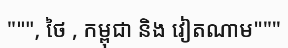
""", ថៃ , កម្ពុជា និង វៀតណាម"""